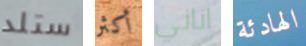
ستلد أكثر اناني الهادئة